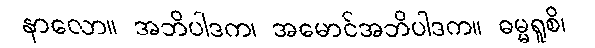
နာလော။ အဘိပါဒက၊ အမောင်အဘိပါဒက။ ဓမ္မရူစိ၊